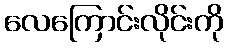
လေကြောင်းလိုင်းကို